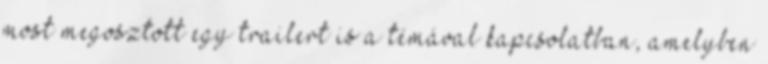
most megosztott egy trailert is a témával kapcsolatban, amelyben